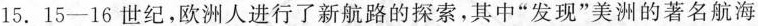
15.15-16世纪，欧洲人进行了新航路的探索，其中”发现”美洲的著名航海